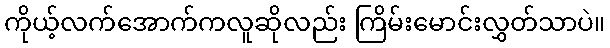
ကိုယ့်လက်အောက်ကလူဆိုလည်း ကြိမ်းမောင်းလွှတ်သာပဲ။